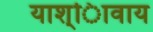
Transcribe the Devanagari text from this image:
याश्ािवाय